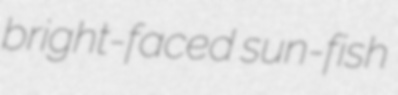
bright-faced sun-fish